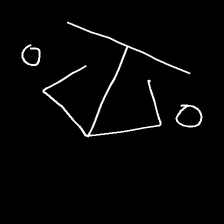
Glyph: earth